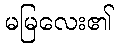
မမြလေး၏